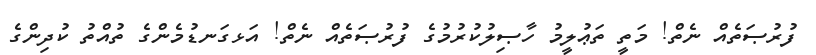
ފުރުޞަތެއް ނެތް! މަތީ ތަޢުލީމު ހާޞިލުކުރުމުގެ ފުރުޞަތެއް ނެތް! އަޅގަނޑުމެންގެ ތުއްތު ކުދިންގެ